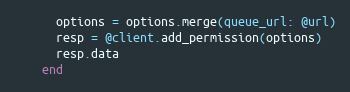
Language: Ruby
      options = options.merge(queue_url: @url)
      resp = @client.add_permission(options)
      resp.data
    end